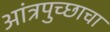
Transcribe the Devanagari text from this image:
आंत्रपुच्छाचा